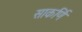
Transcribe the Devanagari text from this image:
साकर्णि